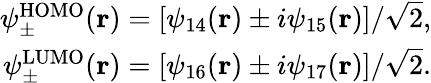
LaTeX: \begin{array}{r}{\psi_{\pm}^{\mathrm{HOMO}}(\mathbf{r})=\left[\psi_{14}(\mathbf{r})\pm i\psi_{15}(\mathbf{r})\right]/\sqrt{2},}\\ {\psi_{\pm}^{\mathrm{LUMO}}(\mathbf{r})=\left[\psi_{16}(\mathbf{r})\pm i\psi_{17}(\mathbf{r})\right]/\sqrt{2}.}\end{array}